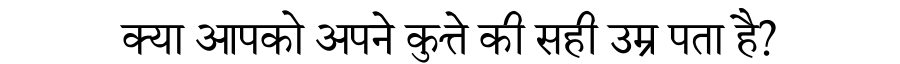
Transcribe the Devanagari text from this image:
क्या आपको अपने कुत्ते की सही उम्र पता है?